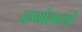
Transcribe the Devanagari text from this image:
दर्ग्यासारखी